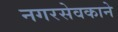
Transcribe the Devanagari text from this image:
नगरसेवकाने